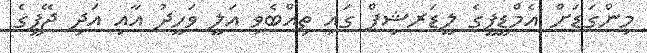
މިންގަޑަށް އެމްޑީޕީގެ ލީޑަރޝިޕް ގައި ތިއްބެވި އަލީ ވަހީދު އާއި އަދި ޖޭޕީގެ